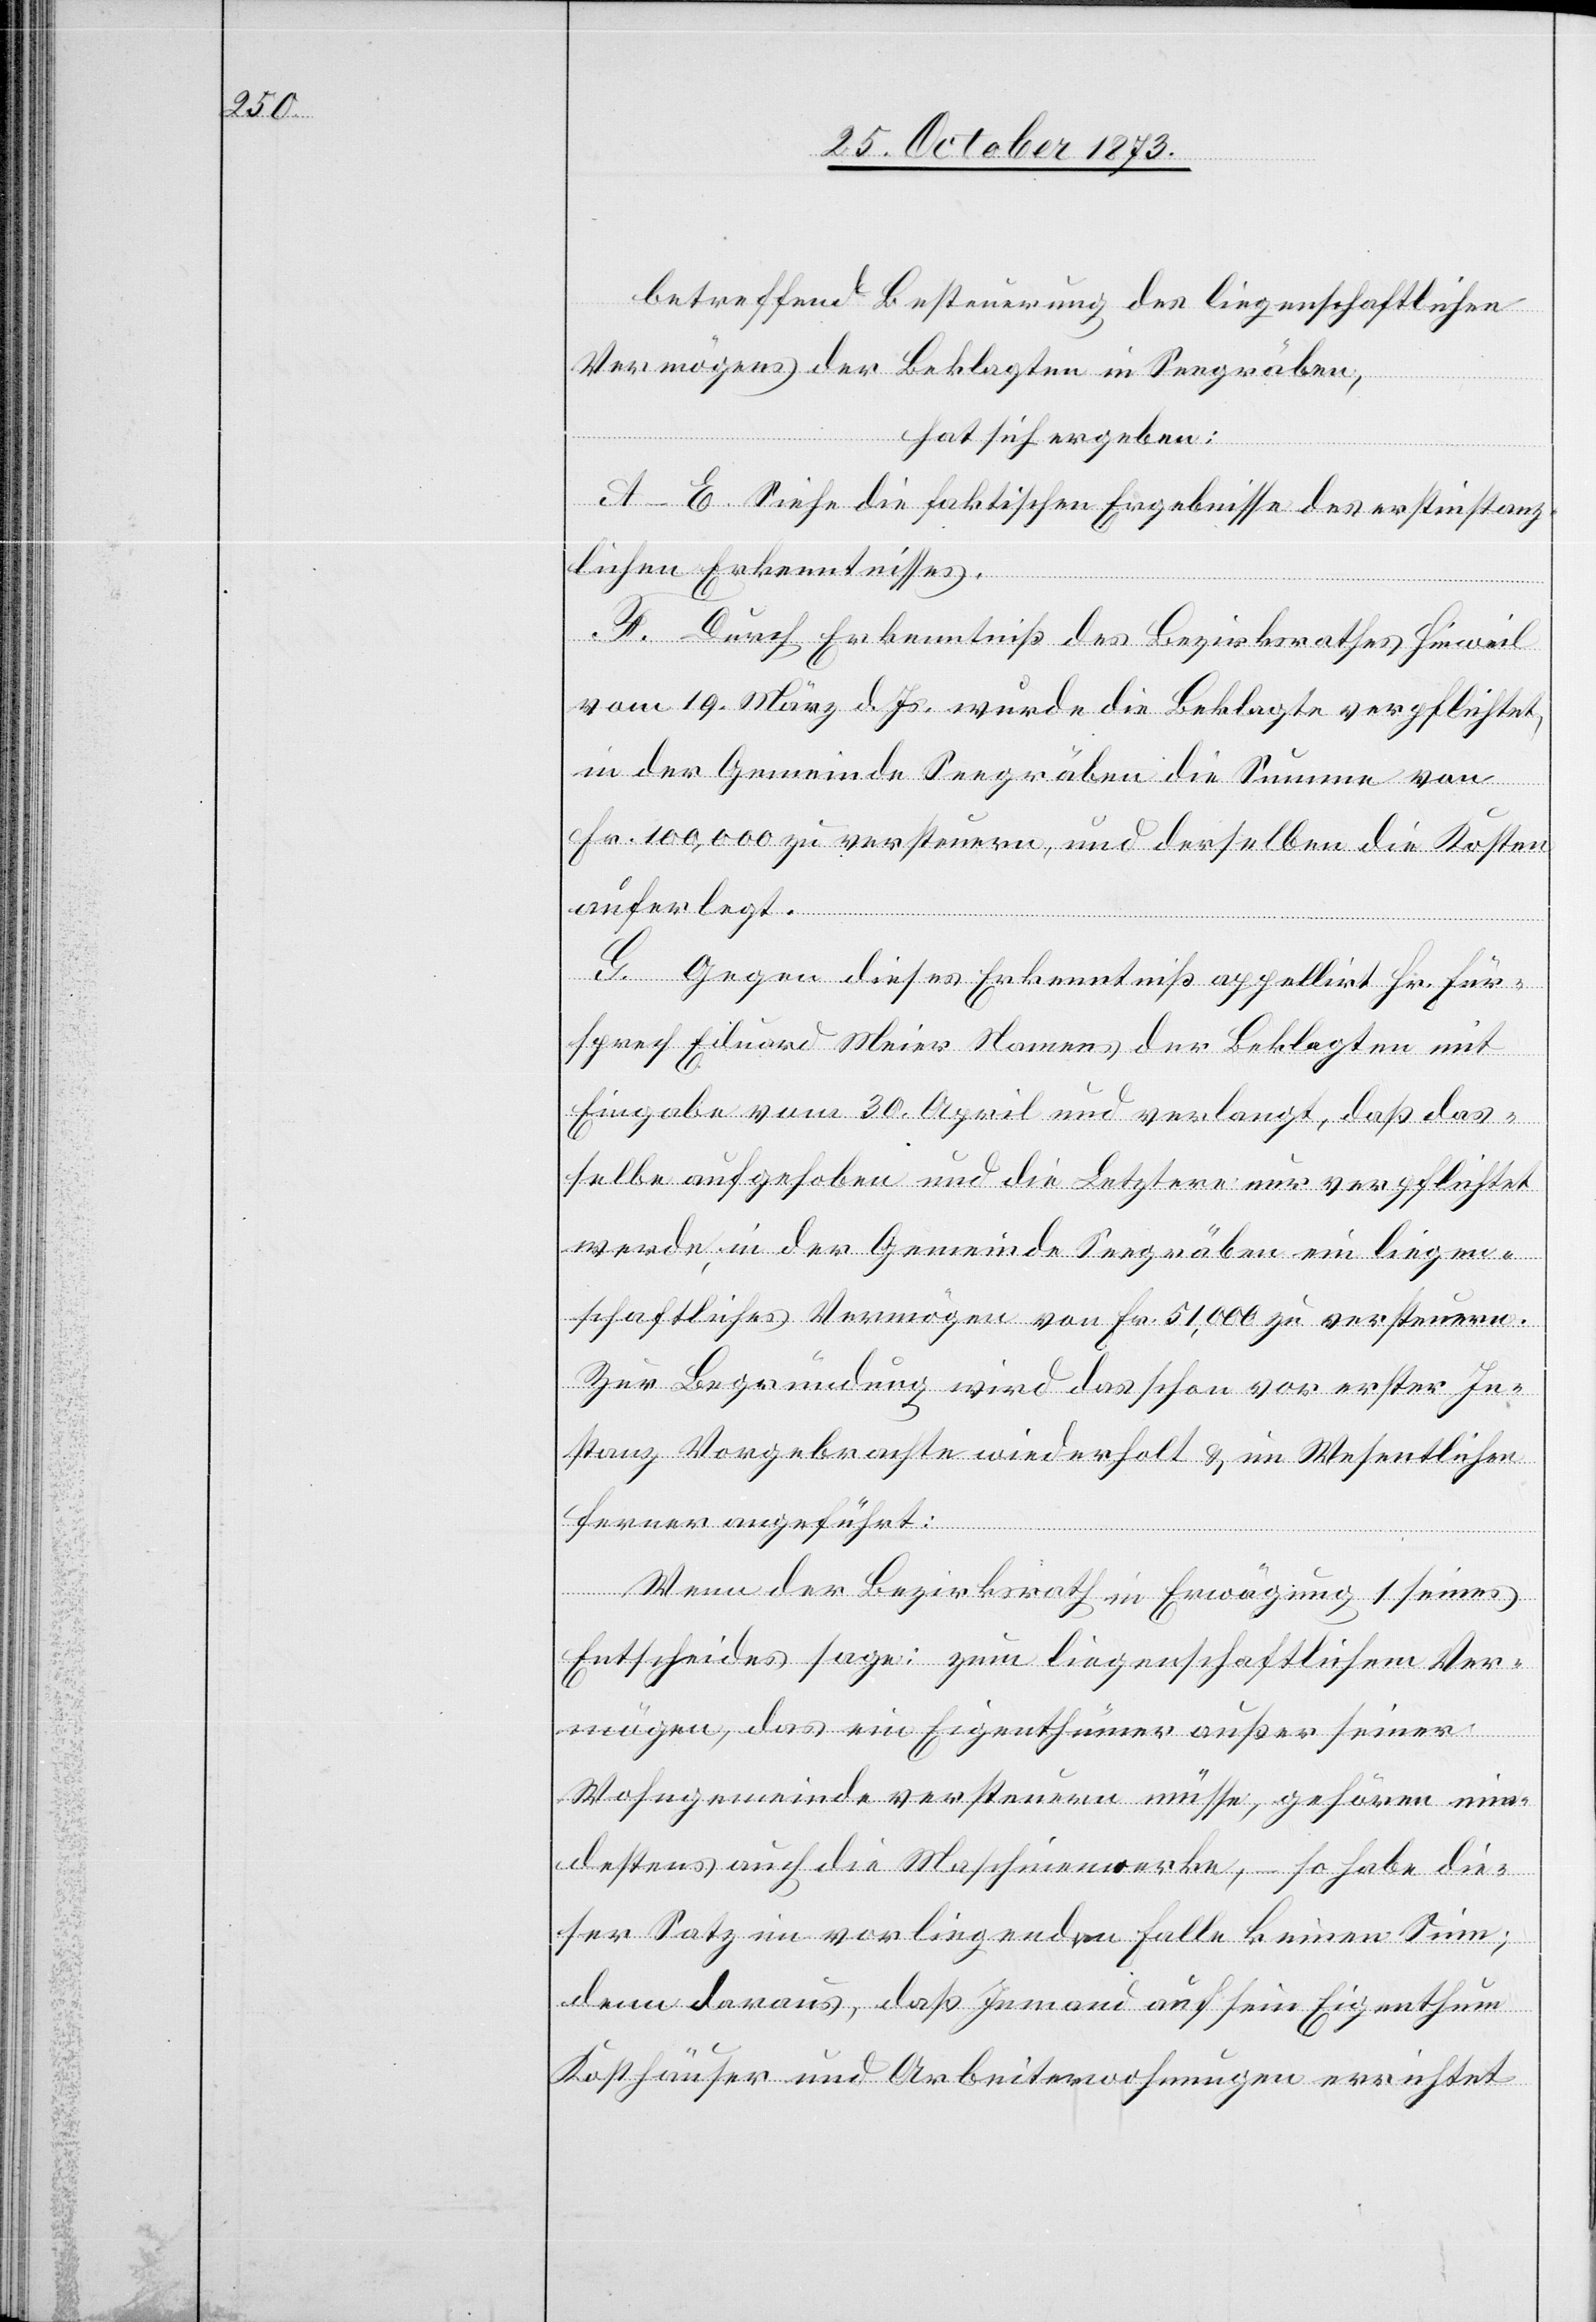
betreffend Besteuerung des liegenschaftlichen
Vermögens der Beklagten in Seegräben,
hat sich ergeben:
A–E. Siehe die faktischen Ergebnisse des erstinstanz¬
lichen Erkenntnisses.
F. Durch Erkenntniß des Bezirksrathes Hinweil
vom 19. März d. Js. wurde die Beklagte verpflichtet,
in der Gemeinde Seegräben die Summe von
Ver¬
Fr. 100,000 zu versteuern, und derselben die Kosten
auferlegt.
G. Gegen dieses Erkenntniß appellirt Hr. Für¬
sprech Eduard Meier Namens der Beklagten mit
Eingabe vom 30. April und verlangt, daß das¬
selbe aufgehoben und die Letztere nur verpflichtet
werde, in der Gemeinde Seegräben ein liegen¬
schaftliches Vermögen von Fr. 51,000 zu versteuern.
Zur Begründung wird das schon vor erster In¬
stanz Vorgebrachte wiederholt & im Wesentlichen
ferner angeführt:
Wenn der Bezirksrath in Erwägung 1 seines
Entscheides sage: zum liegenschaftlichem [s¬
mögen, das ein Eigenthümer außer seiner
Wohngemeinde versteuern müsse, gehören min¬
destens auch die Maschinenwerke, – so habe die¬
ser Satz im vorliegenden Falle keinen Sinn;
denn daraus, daß Jemand auf sein Eigenthum
Kosthäuser und Arbeiterwohnungen errichtet